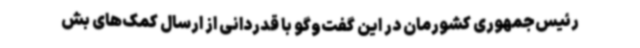
رئیس‌جمهوری کشورمان در این گفت‌وگو با قدردانی از ارسال کمک‌های بش